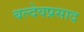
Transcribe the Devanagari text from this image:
बल्देवप्रसाद